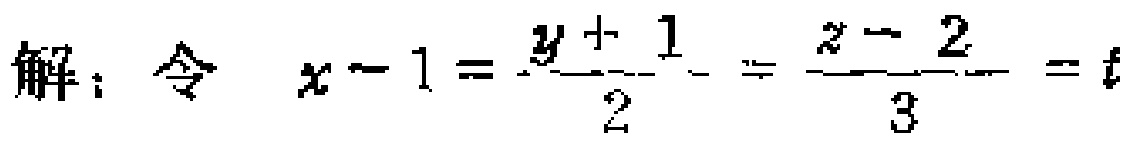
解：令 \(x - 1 = \frac{y + 1}{2} = \frac{z - 2}{3} = t\)